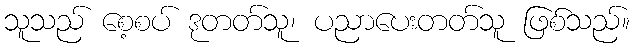
သူသည် စေ့စပ် ဒုတတ်သူ၊ ပညာပေးတတ်သူ ဖြစ်သည်။